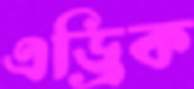
এড্রিক